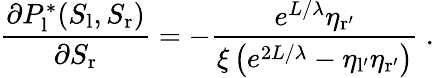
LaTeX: \frac{\partial P_{\mathrm{l}}^{*}(S_{\mathrm{l}},S_{\mathrm{r}})}{\partial S_{\mathrm{r}}}=-\frac{e^{L/\lambda}\eta_{\mathrm{r^{\prime}}}}{\xi\left(e^{2L/\lambda}-\eta_{\mathrm{l^{\prime}}}\eta_{\mathrm{r^{\prime}}}\right)}\ .